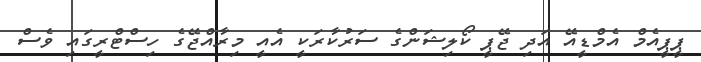
ޕީޕީއެމް އެމްޑީއޭ އަދި ޖޭޕީ ކޯލިޝަންގެ ސަރުކާރަކީ އެއީ މިރާއްޖޭގެ ހިސްޓްރީގައި ވެސް